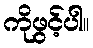
ကိုဖွင့်ပါ။